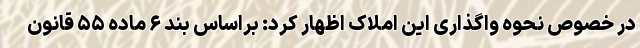
در خصوص نحوه واگذاری این املاک اظهار کرد: براساس بند ۶ ماده ۵۵ قانون